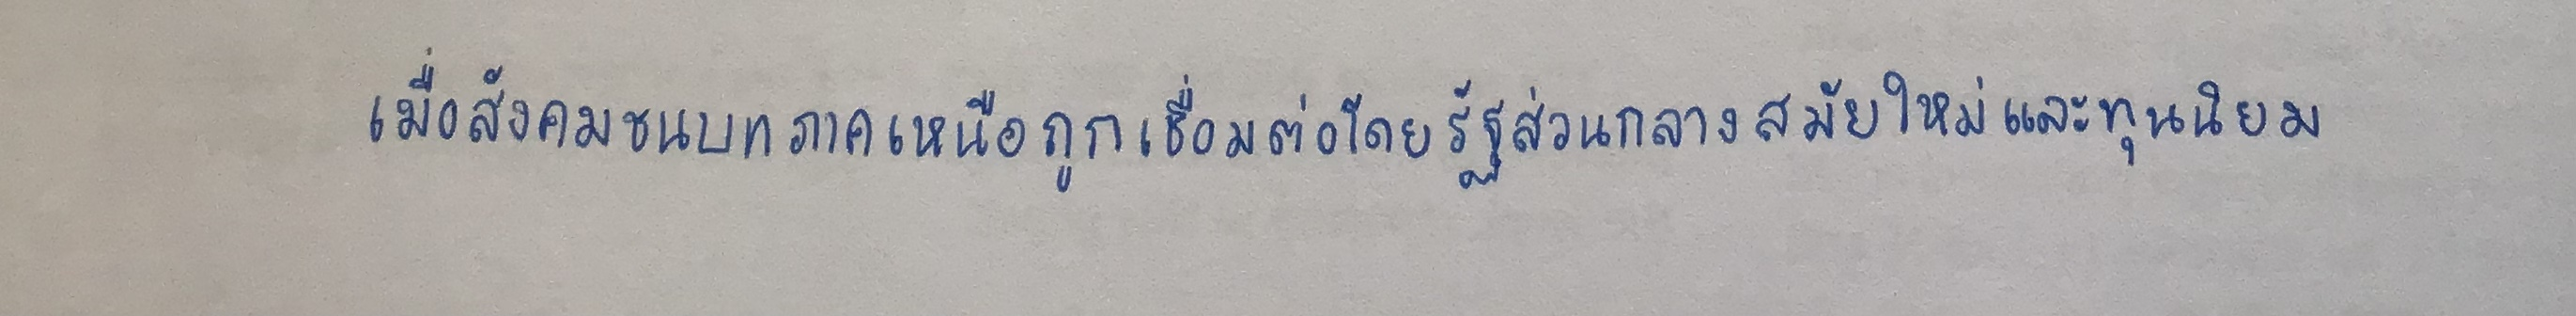
เมื่อสังคมชนบทภาคเหนือถูกเชื่อมต่อโดยรัฐส่วนกลางสมัยใหม่และทุนนิยม